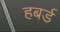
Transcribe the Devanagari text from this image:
हबर्ड